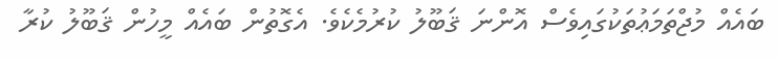
ބައެއް މުޖްތަމަޢުތަކުގައިވެސް އޮންނަ ޤަބޫލު ކުރުމެކެވެ. އެގޮތުން ބައެއް މީހުން ޤަބޫލު ކުރާ